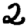
Digit: 2